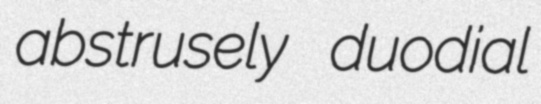
abstrusely duodial